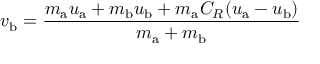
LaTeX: v _ { \mathrm { b } } = { \frac { m _ { \mathrm { a } } u _ { \mathrm { a } } + m _ { \mathrm { b } } u _ { \mathrm { b } } + m _ { \mathrm { a } } C _ { R } ( u _ { \mathrm { a } } - u _ { \mathrm { b } } ) } { m _ { \mathrm { a } } + m _ { \mathrm { b } } } }